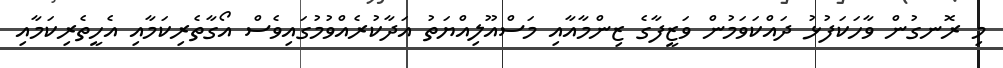
މި ރޮނގުން ވާހަކަފުޅު ދައްކަވަމުން ވަޒީފާގެ ޒިންމާއާއި މަސްއޫލިއްޔަތު އަދާކުރެއްވުމުގައިވެސް އޯގާތެރިކަމާއި އެހީތެރިކަމާއި